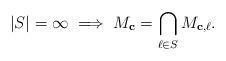
LaTeX: \begin{align*} |S| = \infty \; \Longrightarrow \; M_{{\bf{c}}} = \bigcap_{\ell \in S} M_{{\bf{c}},\ell}.\end{align*}